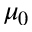
\mu _ { 0 }